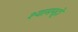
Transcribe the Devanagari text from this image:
श्यामपट्टों